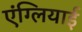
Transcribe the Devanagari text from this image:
एंग्लियाई